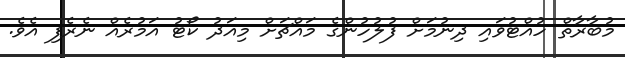
މުބާރާތް ހުއްޓުވައި ދިނުމަށް ފުލުހުންގެ މައްޗަށް މިއަދު ކޯޓު އަމުރެއް ނެރެފި އެވެ.